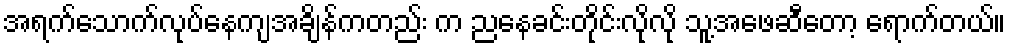
အရက်သောက်လုပ်နေကျအချိန်ကတည်း က ညနေခင်းတိုင်းလိုလို သူ့အဖေဆီတော့ ရောက်တယ်။